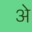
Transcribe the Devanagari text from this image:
अे